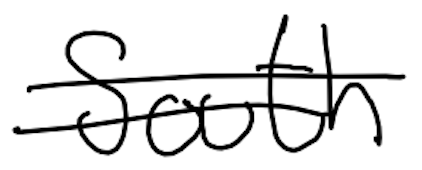
Text: South
Cross-out: mix
Writing tool: digital_black